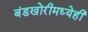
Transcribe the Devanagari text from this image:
बंडखोरीमध्येही